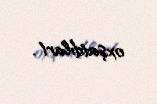
oxşatdılar!.